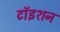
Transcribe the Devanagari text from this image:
टॉइशन